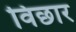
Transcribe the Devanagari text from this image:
विछार